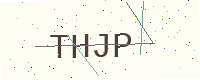
Text: THJP